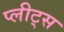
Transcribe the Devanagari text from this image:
प्लीट्स